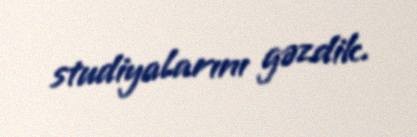
studiyalarını gəzdik.